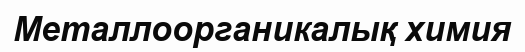
Металлоорганикалық химия